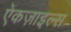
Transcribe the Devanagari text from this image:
ऐकज़ाइल्स